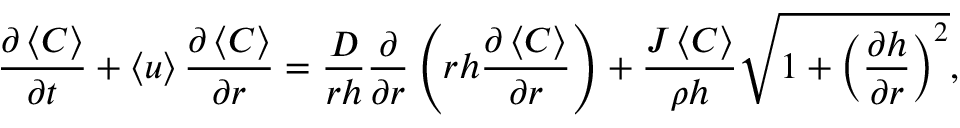
\frac { \partial \left\langle C \right\rangle } { \partial t } + \left\langle u \right\rangle \frac { \partial \left\langle C \right\rangle } { \partial r } = \frac { D } { r h } \frac { \partial } { \partial r } \left( r h \frac { \partial \left\langle C \right\rangle } { \partial r } \right) + \frac { J \left\langle C \right\rangle } { \rho h } \sqrt { 1 + \left( \frac { \partial h } { \partial r } \right) ^ { 2 } } ,